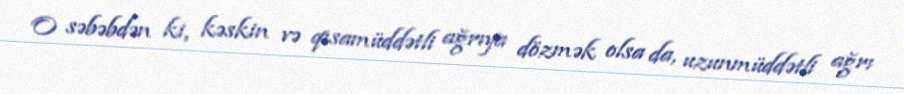
O səbəbdən ki, kəskin və qısamüddətli ağrıya dözmək olsa da, uzunmüddətli ağrı